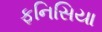
ફનિસિયા